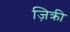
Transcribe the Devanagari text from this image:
ज़िक्री